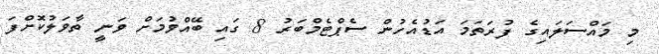
މި މައްސަލައިގެ ފުރަތަމަ އަޑުއެހުން ސެޕްޓެމްބަރު 8 ގައި ބޭއްވުމަށް ވަނީ ތާވަލުކޮށްފަ